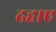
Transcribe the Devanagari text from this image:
ढहाए